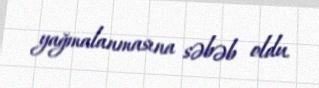
yağmalanmasına səbəb oldu.